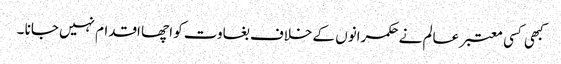
کبھی کسی معتبر عالم نے حکمرانوں کے خلاف بغاوت کو اچھا اقدام نہیں جانا ۔